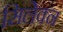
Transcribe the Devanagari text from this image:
सिलेक्न